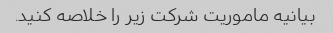
بیانیه ماموریت شرکت زیر را خلاصه کنید.